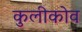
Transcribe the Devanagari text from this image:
कुलीकोव